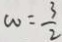
w = \frac { 3 } { 2 }